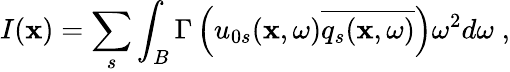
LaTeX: I(\mathbf{x})=\sum_{s}\int_{B}\Gamma\left(u_{0s}(\mathbf{x},\omega)\overline{{q_{s}(\mathbf{x},\omega)}}\right)\omega^{2}d\omega\; ,